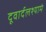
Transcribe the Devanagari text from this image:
दूवार्दलश्यामं